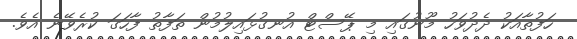
ހަފުތާއަކު ދެދުވަހު މޫނުގައި މި ޕޭސްޓް އުނގުޅައިލުމުން ތަފާތު ފާހަގަ ކުރެވޭނެ އެވެ.